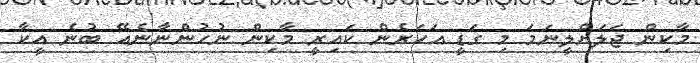
މާކިން ޖަލަށްލީނަމަ މި ގަޑީ އަހަރެން ކައިރީ މާކިން ނުހުންނާނެއޭ ބުނެ އީކާ